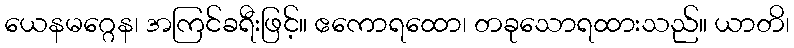
ယေနမဂ္ဂေန၊ အကြင်ခရီးဖြင့်။ ဧကောရထော၊ တခုသောရထားသည်။ ယာတိ၊